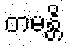
တမန္တိ